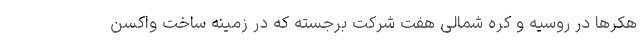
هکرها در روسیه و کره شمالی هفت شرکت برجسته که در زمینه ساخت واکسن